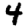
Digit: 4